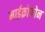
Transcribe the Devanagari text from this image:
माईक्रोफोन